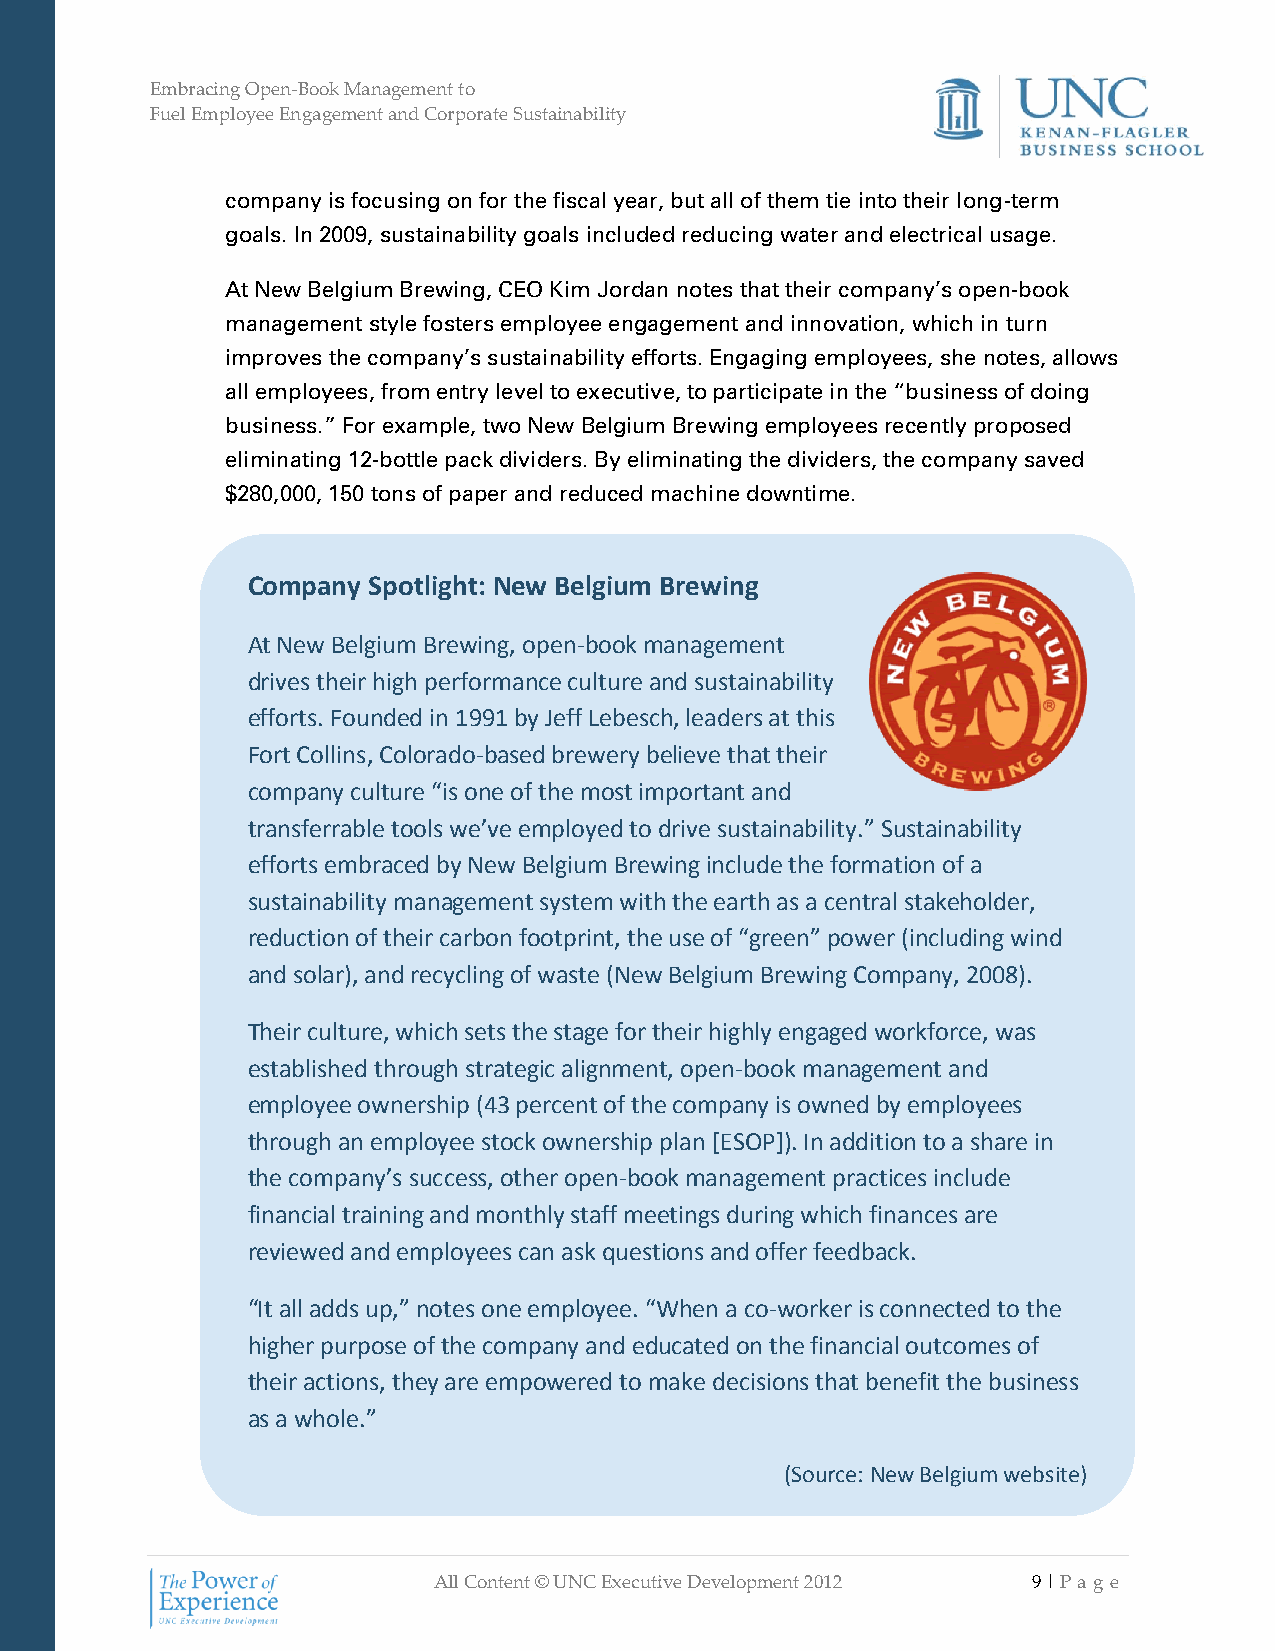
Embracing Open-Book Management to
 Fuel Employee Engagement and Corporate Sustainability
 company is focusing on for the fiscal year, but all of them tie into their long-term
 goals. In 2009, sustainability goals included reducing water and electrical usage.
 At New Belgium Brewing, CEO Kim Jordan notes that their company’s open-book
 management style fosters employee engagement and innovation, which in turn
 improves the company’s sustainability efforts. Engaging employees, she notes, allows
 all employees, from entry level to executive, to participate in the “business of doing
 business.” For example, two New Belgium Brewing employees recently proposed
 eliminating 12-bottle pack dividers. By eliminating the dividers, the company saved
 $280,000, 150 tons of paper and reduced machine downtime.
 Company Spotlight: New Belgium Brewing
 At New Belgium Brewing, open-book management
 drives their high performance culture and sustainability
 efforts. Founded in 1991 by Jeff Lebesch, leaders at this
 Fort Collins, Colorado-based brewery believe that their
 company culture “is one of the most important and
 transferrable tools we’ve employed to drive sustainability.” Sustainability
 efforts embraced by New Belgium Brewing include the formation of a
 sustainability management system with the earth as a central stakeholder,
 reduction of their carbon footprint, the use of “green” power (including wind
 and solar), and recycling of waste (New Belgium Brewing Company, 2008).
 Their culture, which sets the stage for their highly engaged workforce, was
 established through strategic alignment, open-book management and
 employee ownership (43 percent of the company is owned by employees
 through an employee stock ownership plan [ESOP]). In addition to a share in
 the company’s success, other open-book management practices include
 financial training and monthly staff meetings during which finances are
 reviewed and employees can ask questions and offer feedback.
 “It all adds up,” notes one employee. “When a co-worker is connected to the
 higher purpose of the company and educated on the financial outcomes of
 their actions, they are empowered to make decisions that benefit the business
 as a whole.”
 (Source: New Belgium website)
 (Continued…) All Content © UNC Executive Development 2012 9 | Pa ge